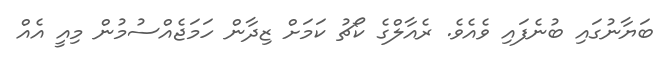
ބަޔާނުގައި ބުނެފައި ވެއެވެ. ރެއާލްގެ ކޯޗު ކަމަށް ޒިދާން ހަމަޖެއްސުމުން މިއީ އެއް